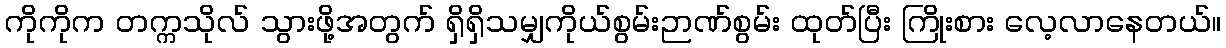
ကိုကိုက တက္ကသိုလ် သွားဖို့အတွက် ရှိရှိသမျှကိုယ်စွမ်းဉာဏ်စွမ်း ထုတ်ပြီး ကြိုးစား လေ့လာနေတယ်။